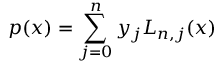
p ( x ) = \sum _ { j = 0 } ^ { n } y _ { j } L _ { n , j } ( x )